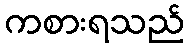
ကစားရသည်